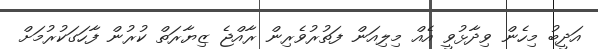
އަދީބު މިހެން ވިދާޅުވީ އެއް މިލިއަން ފަތުރުވެރިން ރާއްޖެ ޒިޔާރަތް ކުރުން ފާހަގަކުރުމަށް